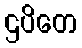
ဌပိတေ